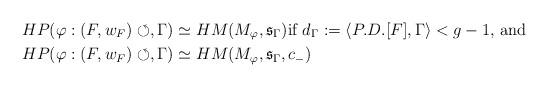
LaTeX: \begin{align*}HP(\varphi: (F, w_F)\circlearrowleft , \Gamma) & \simeq HM(M_\varphi,\mathfrak{s}_\Gamma) \text{if \(d_\Gamma:=\langle P.D.[F],\Gamma\rangle<g-1\), and }\\HP(\varphi: (F, w_F)\circlearrowleft , \Gamma)& \simeq HM(M_\varphi, \mathfrak{s}_\Gamma, c_-) \end{align*}